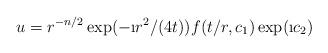
LaTeX: \begin{align*}u =r^{-n/2}\exp(-\i r^2 /(4t)) f(t/r,c_1)\exp(\i c_2)\end{align*}